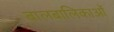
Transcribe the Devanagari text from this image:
बालबालिकाओं